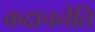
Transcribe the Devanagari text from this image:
कदाचनेति